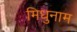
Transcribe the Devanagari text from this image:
मिधुनाम